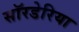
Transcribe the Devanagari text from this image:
सॉरडेरिया